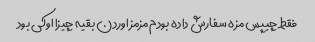
فقط چیپس مزه سفارش داده بودم مزمز اوردن بقیه چیزا اوکی بود